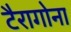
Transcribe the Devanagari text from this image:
टैरागोना